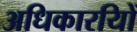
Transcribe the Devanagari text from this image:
अधिकारयिों